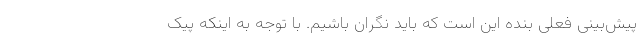
پیش‌بینی فعلی بنده این است که باید نگران باشیم. با توجه به اینکه پیک